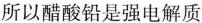
所以醋酸铅是强电解质